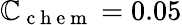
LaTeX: \mathbb{C}_{\mathrm{{~c~h~e~m~}}}=0.05